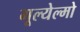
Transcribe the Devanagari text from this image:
गूल्येल्मो